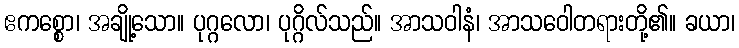
ဧကစ္စော၊ အချို့သော။ ပုဂ္ဂလော၊ ပုဂ္ဂိလ်သည်။ အာသဝါနံ၊ အာသဝေါတရားတို့၏။ ခယာ၊